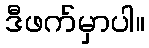
ဒီဖက်မှာပါ။